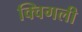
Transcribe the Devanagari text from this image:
क्विगली